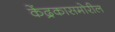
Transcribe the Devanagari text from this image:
केंद्रकासमोरील